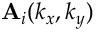
\mathbf { A } _ { i } ( k _ { x } , k _ { y } )